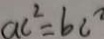
a c ^ { 2 } = b c